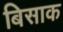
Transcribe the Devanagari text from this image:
बिसाक